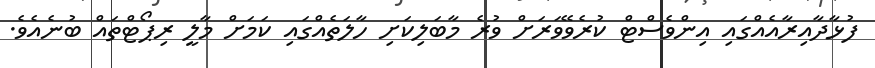
ފުޅާދާއިރާއެއްގައި އިންވެސްޓް ކުރެވޭވަރަށް ވުރެ މާބަލިކަށި ހާލަތެއްގައި ކަމަށް މާލީ ރިޕޯޓްތައް ބުނެއެވެ.